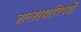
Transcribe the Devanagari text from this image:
ज्ञानशाखांविषयी